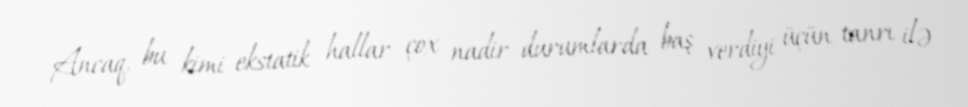
Ancaq, bu kimi ekstatik hallar çox nadir durumlarda baş verdiyi üçün tanrı ilə